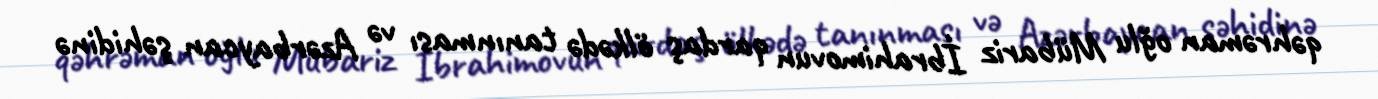
qəhrəman oğlu Mübariz İbrahimovun qardaş ölkədə tanınması və Azərbaycan şəhidinə